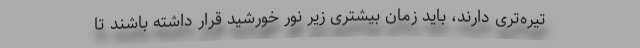
تیره‌تری دارند، باید زمان بیشتری زیر نور خورشید قرار داشته باشند تا